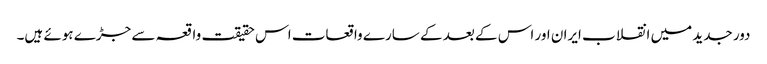
دور جدید میں انقلاب ایران اور اس کے بعد کے سارے واقعات اس حقیقت واقعہ سے جڑے ہوئے ہیں۔